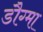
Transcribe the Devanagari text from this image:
डौग्मा